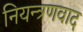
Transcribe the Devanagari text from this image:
नियन्त्रणवाद